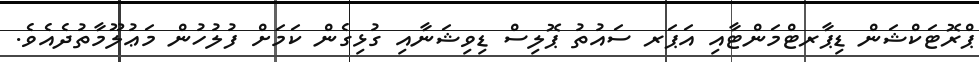
ޕްރޮޓަކްޝަން ޑިޕާރޓްމަންޓާއި އަޕަރ ސައުތު ޕޮލިސް ޑިވިޝަނާއި ގުޅިގެން ކަމަށް ފުލުހުން މަޢުލޫމާތުދެއެވެ.